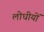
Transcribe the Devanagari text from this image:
लोधीयों